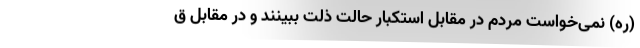
(ره) نمی‌خواست مردم در مقابل استکبار حالت ذلت ببینند و در مقابل ق